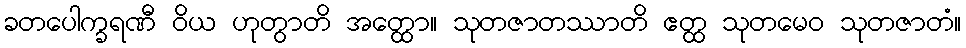
ခတပေါက္ခရဏီ ဝိယ ဟုတွာတိ အတ္ထော။ သုတဇာတဿာတိ ဧတ္ထ သုတမေဝ သုတဇာတံ။